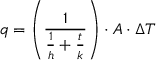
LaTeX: q = \left( { \frac { 1 } { { \frac { 1 } { h } } + { \frac { t } { k } } } } \right) \cdot A \cdot \Delta T